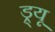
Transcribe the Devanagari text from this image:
ड्र्यू